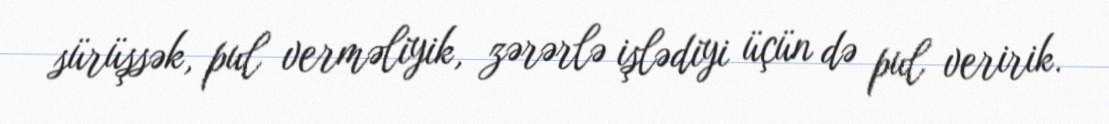
sürüşsək, pul verməliyik, zərərlə işlədiyi üçün də pul veririk.